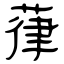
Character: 葎